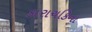
કારાચકિના